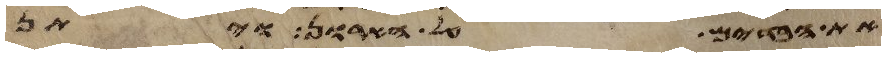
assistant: את הבדים על הארון ויתן